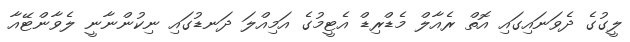
ލީގުގެ ދެވަނައިގައި އޮތް ރެއާލް މެޑްރިޑް އެޓީމުގެ އަމިއްލަ ދަނޑުގައި ނިކުންނާނީ ލެވާންޓޭއާ